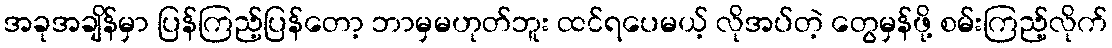
အခုအချိန်မှာ ပြန်ကြည့်ပြန်တော့ ဘာမှမဟုတ်ဘူး ထင်ရပေမယ့် လိုအပ်တဲ့ တွေမှန်ဖို့ စမ်းကြည့်လိုက်